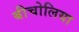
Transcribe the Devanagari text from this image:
बीचोलिया